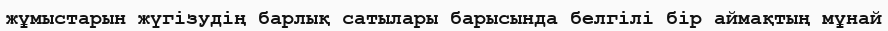
жұмыстарын жүгізудің барлық сатылары барысында белгілі бір аймақтың мұнай